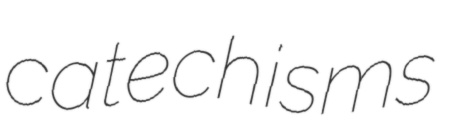
catechisms